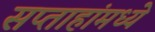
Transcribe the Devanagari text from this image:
सप्ताहांमध्ये